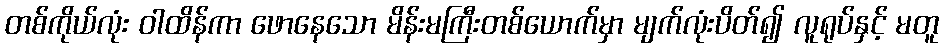
တစ်ကိုယ်လုံး ဝါထိန်ကာ ဖောနေသော မိန်းမကြီးတစ်ယောက်မှာ မျက်လုံးပိတ်၍ လူရုပ်နှင့် မတူ